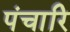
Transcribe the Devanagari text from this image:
पंचारि